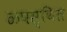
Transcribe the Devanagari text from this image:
ळपस्थित